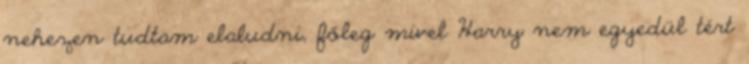
nehezen tudtam elaludni, főleg mivel Harry nem egyedül tért